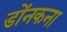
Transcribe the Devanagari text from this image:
डोंनकना